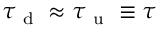
\tau _ { \mathrm { ~ d ~ } } \approx \tau _ { \mathrm { ~ u ~ } } \equiv \tau